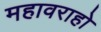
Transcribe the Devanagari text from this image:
महावराहो